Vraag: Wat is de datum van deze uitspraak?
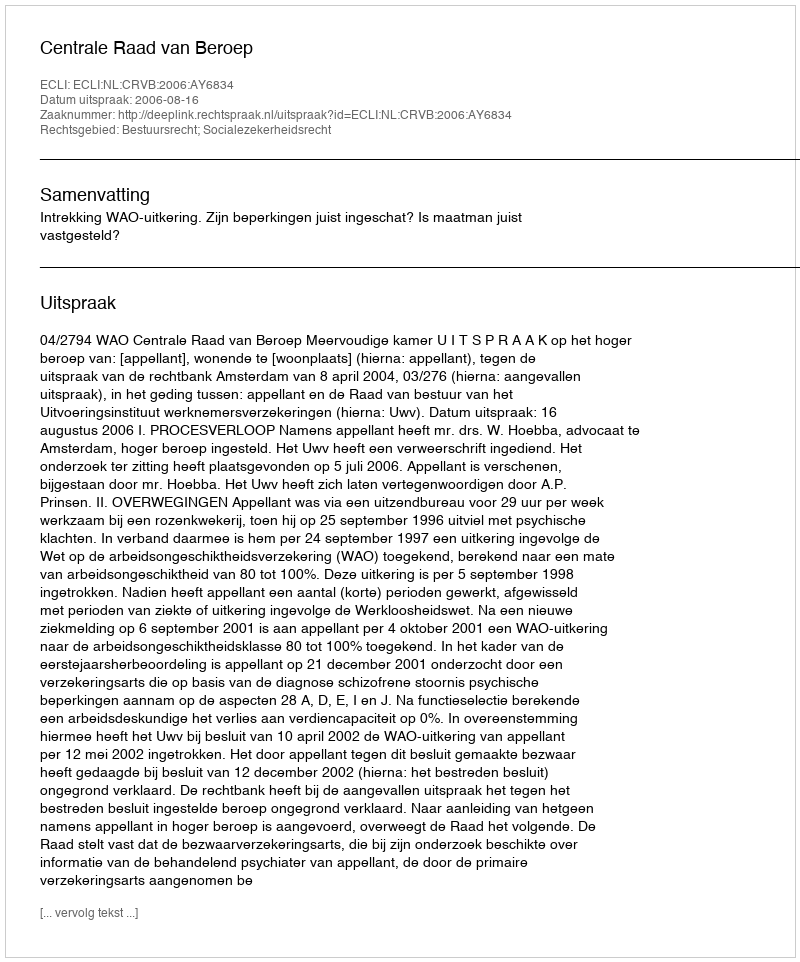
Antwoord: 2006-08-16